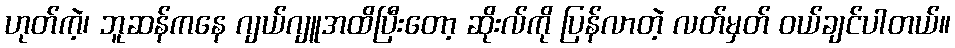
ဟုတ်ကဲ့၊ ဘူဆန်ကနေ ဂျယ်ဂျူအထိပြီးတော့ ဆိုးလ်ကို ပြန်လာတဲ့ လတ်မှတ် ဝယ်ချင်ပါတယ်။